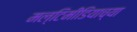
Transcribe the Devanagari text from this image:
मल्टिमीडियाच्या